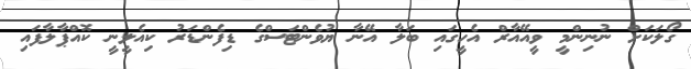
ގޯލަކަށް ނުނިންމީ ވީއޭއާރް އެހީގައި ބަލާ އޭނާ ޔުވެންޓަސްގެ ޑިފެންޑަރު ކިއެލީނީ ކޮއްޕާލާފައި